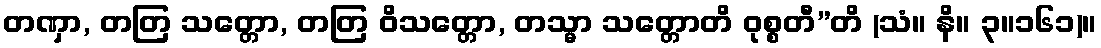
တဏှာ, တတြ သတ္တော, တတြ ဝိသတ္တော, တသ္မာ သတ္တောတိ ဝုစ္စတီ”တိ (သံ။ နိ။ ၃။၁၆၁)။